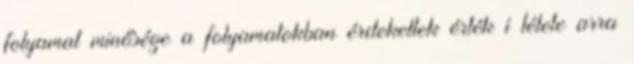
folyamat minősége a folyamatokban érdekeltek érték í télete arra